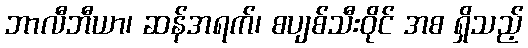
ဘာလီဘီယာ၊ ဆန်အရက်၊ စပျစ်သီးဝိုင် အစ ရှိသည့်